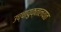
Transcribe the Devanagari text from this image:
उच्चायुक्तालयात